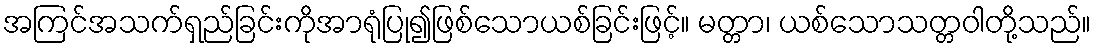
အကြင်အသက်ရှည်ခြင်းကိုအာရုံပြု၍ဖြစ်သောယစ်ခြင်းဖြင့်။ မတ္တာ၊ ယစ်သောသတ္တဝါတို့သည်။